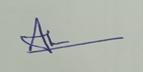
Signature authenticity: genuine